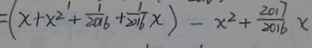
= ( x + x ^ { 2 } + \frac { 1 } { 2 0 1 6 } + \frac { 1 } { 2 0 1 6 } x ) - x ^ { 2 } + \frac { 2 0 1 7 } { 2 0 1 6 } x